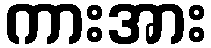
ကားအား